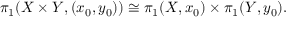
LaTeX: \pi _ { 1 } ( X \times Y , ( x _ { 0 } , y _ { 0 } ) ) \cong \pi _ { 1 } ( X , x _ { 0 } ) \times \pi _ { 1 } ( Y , y _ { 0 } ) .